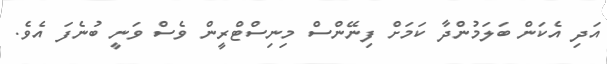
އަދި އެކަން ބަލަމުންދާ ކަމަށް ފިނޭންސް މިނިސްޓްރީން ވެސް ވަނީ ބުނެފަ އެވެ.